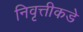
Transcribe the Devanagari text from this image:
निवृत्तीकडे